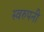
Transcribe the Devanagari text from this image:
स्वरुपनी